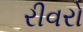
રીવરો